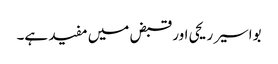
بواسیر ریحی اور قبض میں مفید ہے۔